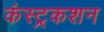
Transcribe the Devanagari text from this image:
कंस्ट्रकशन